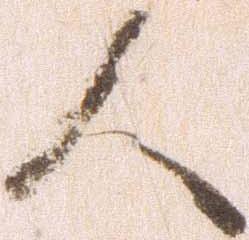
人